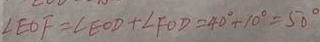
\angle E O F = \angle E O D + \angle F O D = 4 0 ^ { \circ } + 1 0 ^ { \circ } = 5 0 ^ { \circ }